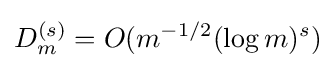
D_{m}^{(s)}=O(m^{-1/2}(\log m)^{s})